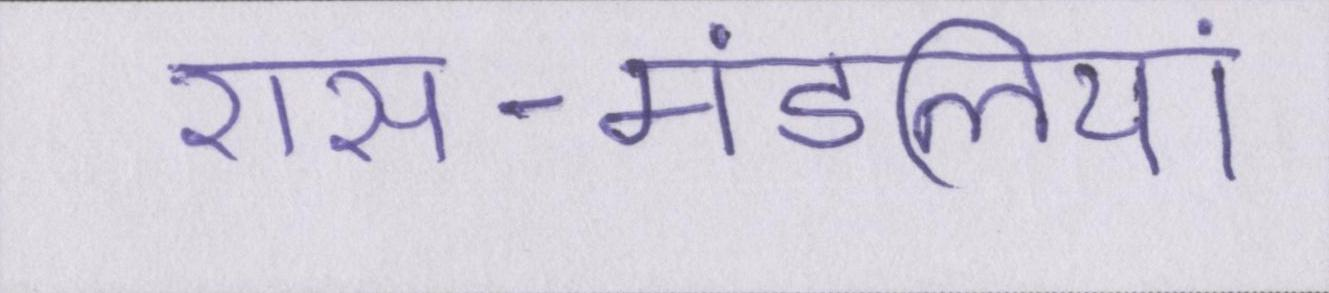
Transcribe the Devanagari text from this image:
रास-मंडलियां